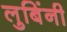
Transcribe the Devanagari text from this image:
लुबिंनी